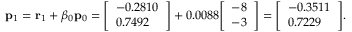
\mathbf { p } _ { 1 } = \mathbf { r } _ { 1 } + \beta _ { 0 } \mathbf { p } _ { 0 } = { \left[ \begin{array} { l } { - 0 . 2 8 1 0 } \\ { 0 . 7 4 9 2 } \end{array} \right] } + 0 . 0 0 8 8 { \left[ \begin{array} { l } { - 8 } \\ { - 3 } \end{array} \right] } = { \left[ \begin{array} { l } { - 0 . 3 5 1 1 } \\ { 0 . 7 2 2 9 } \end{array} \right] } .